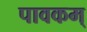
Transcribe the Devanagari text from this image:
पावकम्